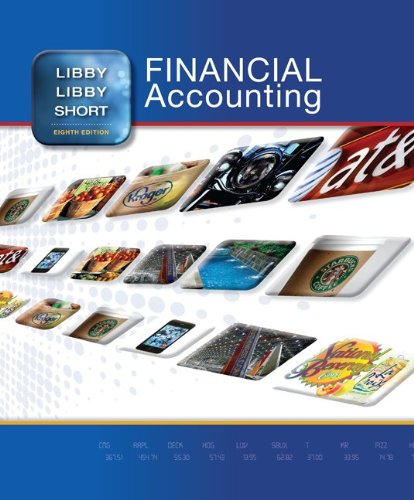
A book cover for Financial Accounting, 8th Edition; Robert Libby; Business & Money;